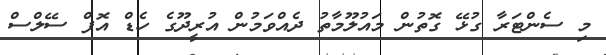
މި ސެންޓަރާ ގުޅޭ ގޮތުން މައުލޫމާތު ދެއްވަމުން އުރީދޫގެ ހެޑް އޮފް ސޭލްސް